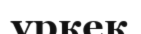
үркек